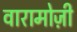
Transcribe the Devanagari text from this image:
वारामोज़ी